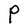
Character: P